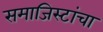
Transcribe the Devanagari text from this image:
समाजिस्टांचा